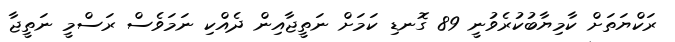
ރަކްޔަތަށް ކާމިޔާބުކުރެވުނީ 89 ގޮނޑި ކަމަށް ނަތީޖާއިން ދެއްކި ނަމަވެސް ރަސްމީ ނަތީޖާ